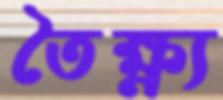
তৈক্ষ্ণ্য